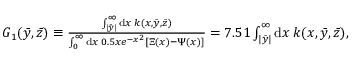
\begin{array} { r } { G _ { 1 } ( \Bar { y } , \Bar { z } ) \equiv \frac { \int _ { | \bar { y } | } ^ { \infty } \mathrm { d } x \: k ( x , \bar { y } , \bar { z } ) } { \int _ { 0 } ^ { \infty } \mathrm { d } x \: 0 . 5 x e ^ { - x ^ { 2 } } \left[ \Xi ( x ) - \Psi ( x ) \right] } = 7 . 5 1 \int _ { | \bar { y } | } ^ { \infty } \mathrm { d } x \: k ( x , \bar { y } , \bar { z } ) , } \end{array}